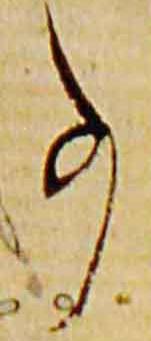
事